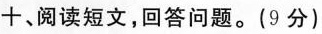
一、阅读短文，回答问题。(9分)